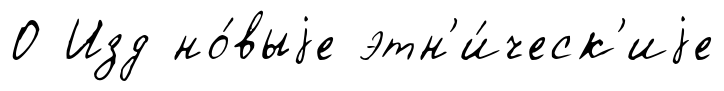
О Изд но́выjе этн'и́ческ'иjе